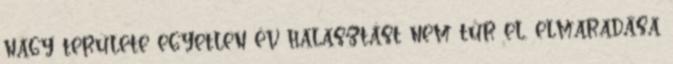
nagy területe egyetlen év halasztást nem tűr el, elmaradása